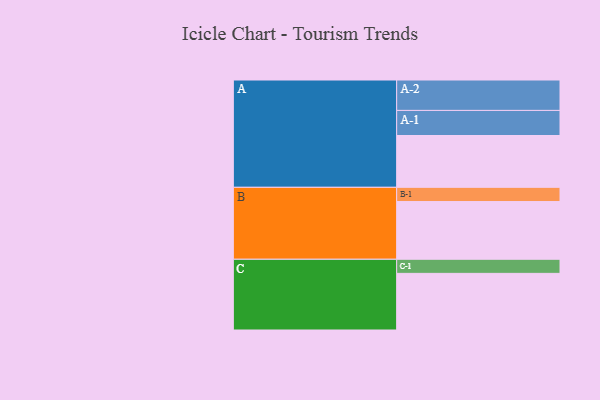
{"axis": {"x": "Segment", "y": "Value"}, "legend": ["", "A", "B", "C"], "data": [{"x": "A", "y": 419, "type": ""}, {"x": "B", "y": 467, "type": ""}, {"x": "C", "y": 458, "type": ""}, {"x": "A-1", "y": 203, "type": "A"}, {"x": "A-2", "y": 246, "type": "A"}, {"x": "B-1", "y": 115, "type": "B"}, {"x": "C-1", "y": 114, "type": "C"}]}